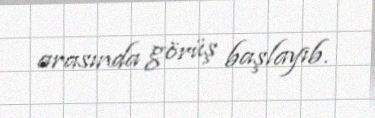
arasında görüş başlayıb.